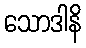
သောဒါနိ